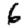
Digit: 6